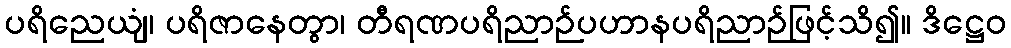
ပရိညေယျံ၊ ပရိဇာနေတွာ၊ တီရဏပရိညာဉ်ပဟာနပရိညာဉ်ဖြင့်သိ၍။ ဒိဋ္ဌေဝ